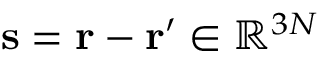
\ensuremath { \mathbf { s } } = \ensuremath { \mathbf { r } } - \ensuremath { \mathbf { r } } ^ { \prime } \in \mathbb { R } ^ { 3 N }